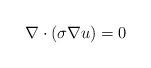
LaTeX: \begin{align*}\nabla\cdot(\sigma\nabla u)=0\end{align*}